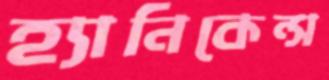
হ্যানিকেন্স